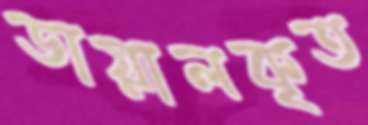
ডায়ালকৃত